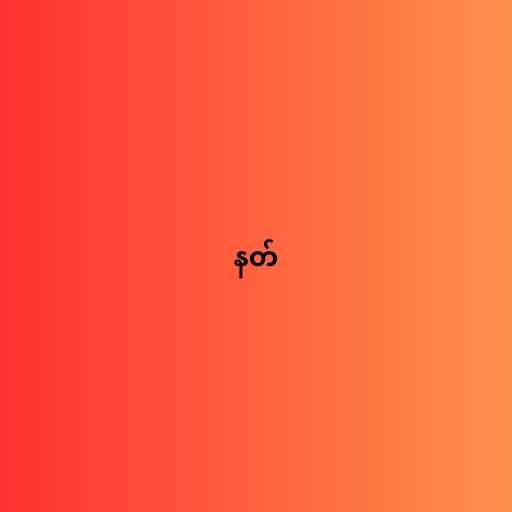
နတ်